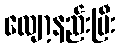
လျော့နည်းပြီး